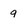
Character: 9